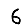
Digit: 6